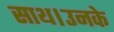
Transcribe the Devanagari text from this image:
साथ।उनके